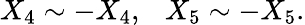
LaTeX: X_{4}\sim-X_{4},\ \ \ X_{5}\sim-X_{5}.